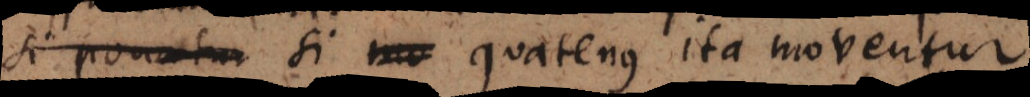
si ponatur si mo ita moventur